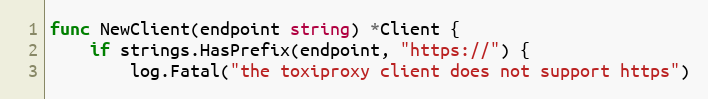
Language: Go
func NewClient(endpoint string) *Client {
	if strings.HasPrefix(endpoint, "https://") {
		log.Fatal("the toxiproxy client does not support https")